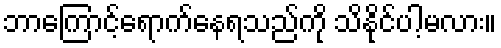
ဘာကြောင့်ရောက်နေရသည်ကို သိနိုင်ပါ့မလား။